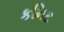
કમિટ